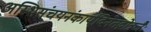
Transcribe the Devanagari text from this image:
अस्थिसंचयनंकार्यंदिनेतद्गोत्रजैः